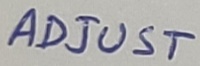
Text: ADJUST